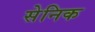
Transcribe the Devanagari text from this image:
सेनिक